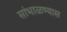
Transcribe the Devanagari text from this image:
सांभाळण्‍यास